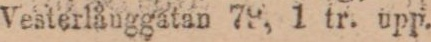
(1199) Vesterlånggatan 79, 1 tr. upp.